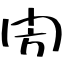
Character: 閍